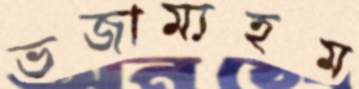
ভজাম্যহম